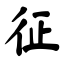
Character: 征